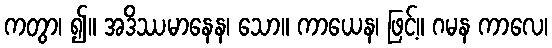
ကတွာ၊ ၍။ အဒိဿမာနေန၊ သော။ ကာယေန၊ ဖြင့်။ ဂမန ကာလေ၊